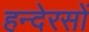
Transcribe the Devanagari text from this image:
हन्देरसों